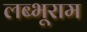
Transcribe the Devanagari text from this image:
लब्भूराम